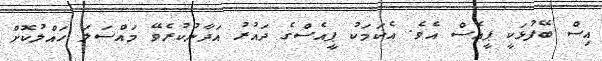
އިސް ބޭފުޅަކީ ޕީއެސް އެވެ. އެކަމަކު ޕީއެސްގެ ދައުރު އަދާނުކުރެވޭ މައްސަލަ ހައްލުކޮށް